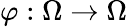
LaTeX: \varphi:\Omega\rightarrow\Omega